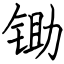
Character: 锄